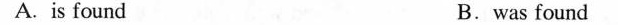
A.is found B.was found